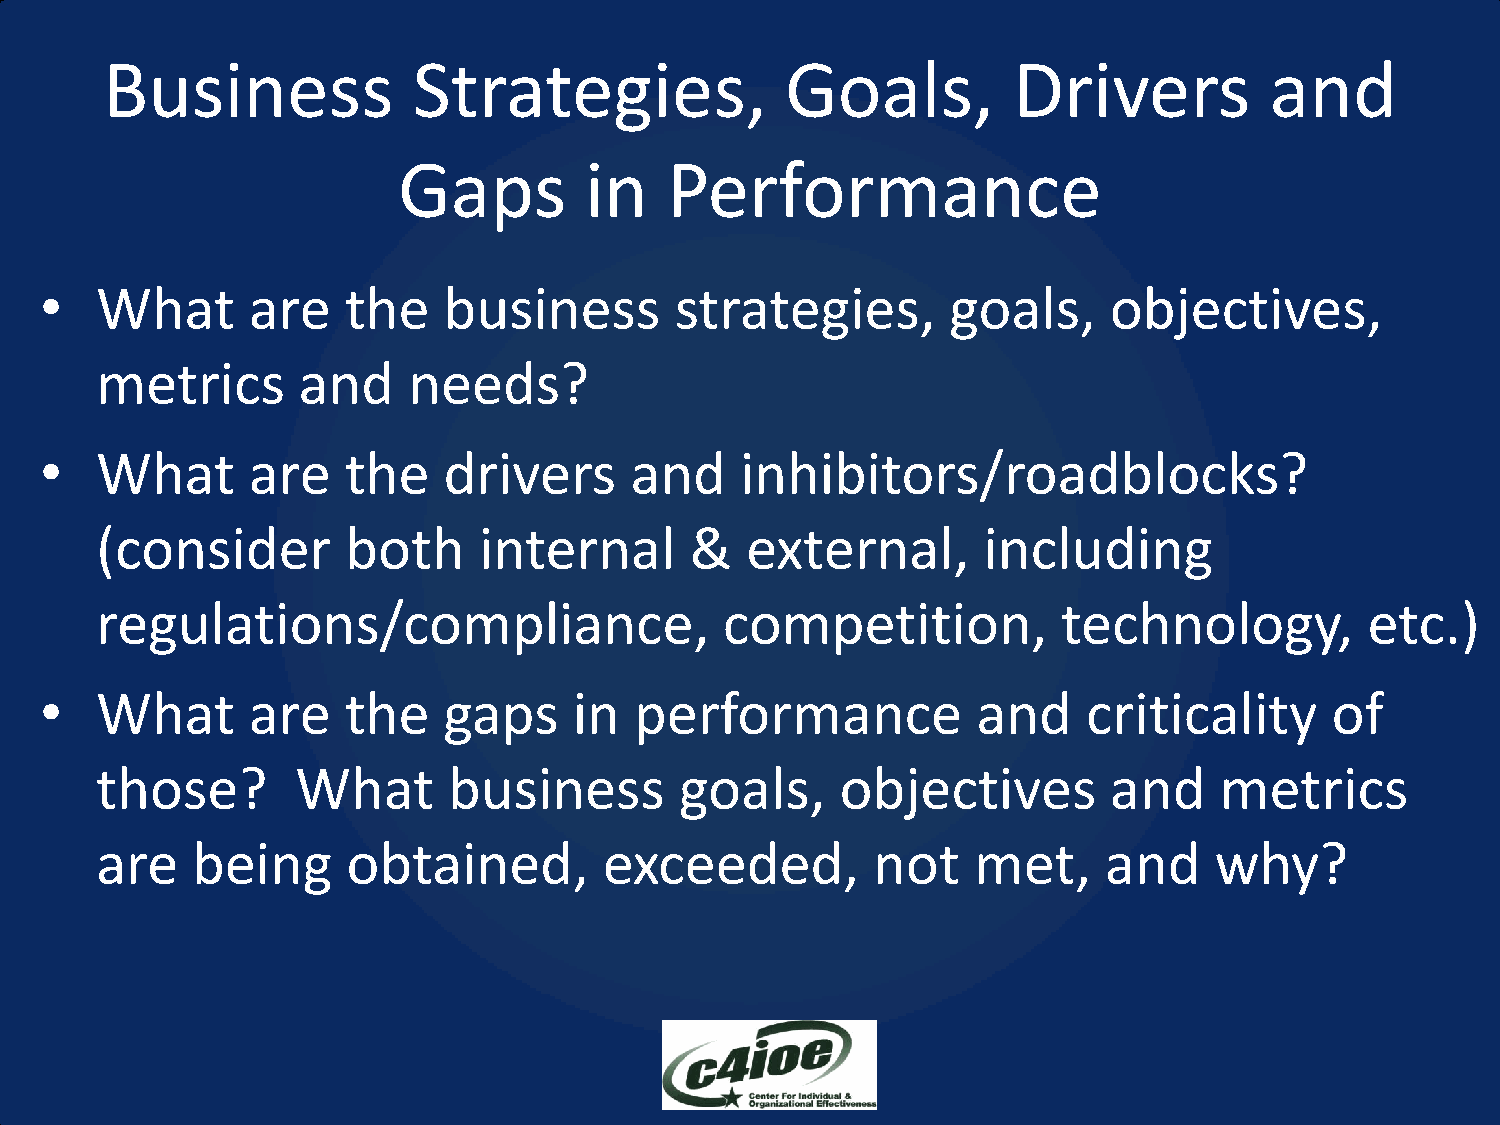
Business            Strategies,              Goals,         Drivers          and
 Gaps         in   Performance
 •  What      are    the   business        strategies,       goals,    objectives,
 metrics       and    needs?
 •  What      are    the   drivers      and    inhibitors/roadblocks?
 (consider        both     internal      &  external,       including
 regulations/compliance,                   competition,          technology,          etc.)
 •  What      are    the   gaps     in  performance            and    criticality     of
 those?        What      business       goals,     objectives       and     metrics
 are    being     obtained,        exceeded,         not   met,     and    why?